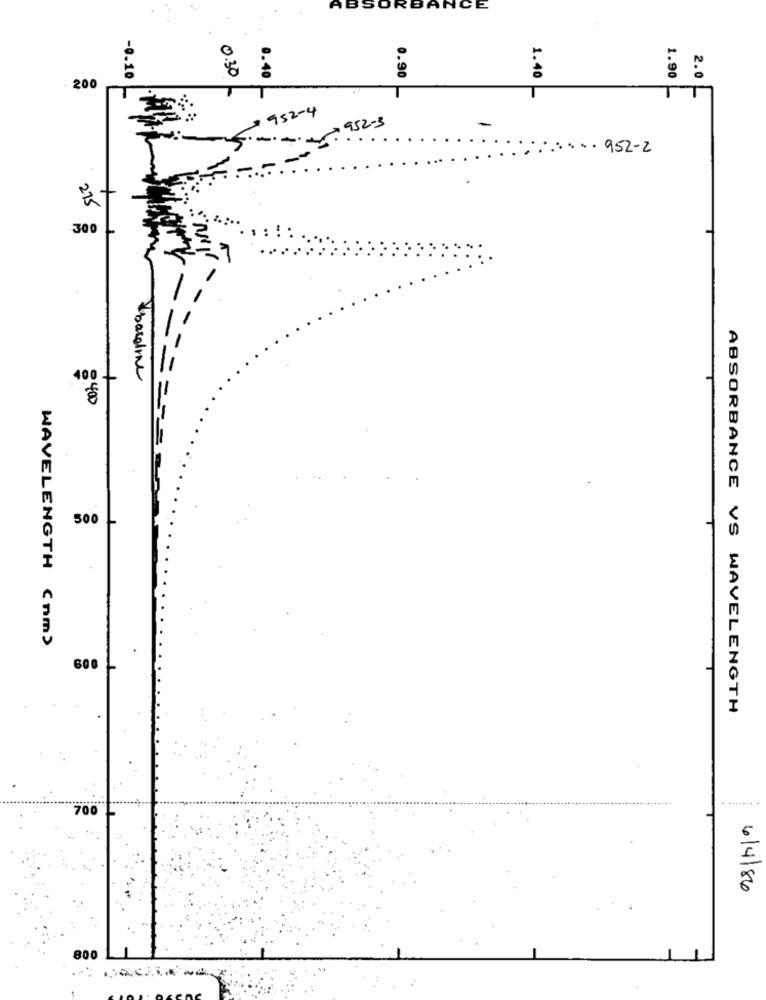
ABSO
BANCE
0.30
-0.10
0.40
0.90
1.40
1.90
2.0
- 200
952-4
4952 - 3
-
... 952-2
275
300
400
+
500
WAVELENGTH (nm)
600
ABSORBANCE VS WAVELENGTH
700
6
I
6/4/84
800